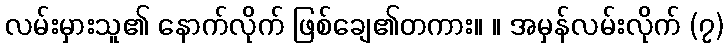
လမ်းမှားသူ၏ နောက်လိုက် ဖြစ်ချေ၏တကား။ ။ အမှန်လမ်းလိုက် (၇)